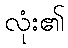
လုံး၏